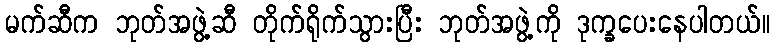
မက်ဆီက ဘုတ်အဖွဲ့ဆီ တိုက်ရိုက်သွားပြီး ဘုတ်အဖွဲ့ကို ဒုက္ခပေးနေပါတယ်။